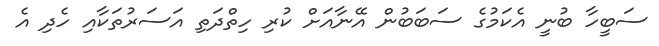
ސަބީހާ ބުނީ އެކަމުގެ ސަބަބުން އޭނާއަށް ކުރި ހިތްދަތި އަސަރުތަކާއި ހެދި އެ